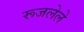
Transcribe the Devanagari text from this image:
रूजलेले